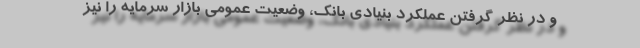
و در نظر گرفتن عملکرد بنیادی بانک، وضعیت عمومی بازار سرمایه را نیز